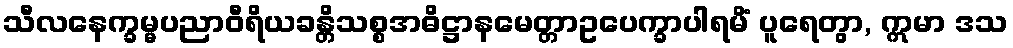
သီလနေက္ခမ္မပညာဝီရိယခန္တိသစ္စအဓိဋ္ဌာနမေတ္တာဥပေက္ခာပါရမိံ ပူရေတွာ, ဣမာ ဒသ